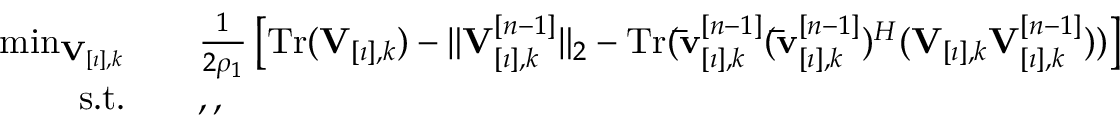
\begin{array} { r l } { \operatorname* { m i n } _ { \mathbf { V } _ { [ \imath ] , k } } \quad } & { \frac { 1 } { 2 \rho _ { 1 } } \left[ \mathrm { T r } ( \mathbf { V } _ { [ \imath ] , k } ) - \| \mathbf { V } _ { [ \imath ] , k } ^ { [ n - 1 ] } \| _ { 2 } - \mathrm { T r } ( \mathbf { \bar { v } } _ { [ \imath ] , k } ^ { [ n - 1 ] } ( \mathbf { \bar { v } } _ { [ \imath ] , k } ^ { [ n - 1 ] } ) ^ { H } ( \mathbf { V } _ { [ \imath ] , k } \mathbf { V } _ { [ \imath ] , k } ^ { [ n - 1 ] } ) ) \right] } \\ { \mathrm { s . t . } \quad } & { , , } \end{array}